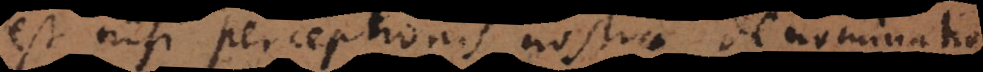
est nisi perceptionis nostrae denominatio,